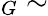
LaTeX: _G\sim